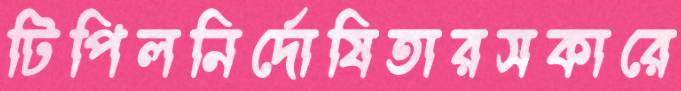
টিপিলনির্দোষিতারসকারে